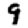
Digit: 9